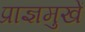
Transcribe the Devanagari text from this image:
प्राज्ञमुखें